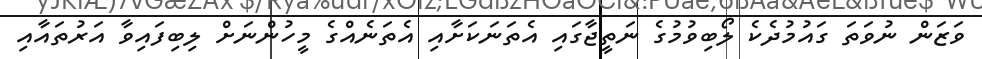
ވަޒަން ނުވަތަ ގައުމުދެކެ ލޯބިވުމުގެ ނަތީޖާގައި އެތަނަކަށާއި އެތަނެއްގެ މީހުންނަށް ލިބިފައިވާ އަރުތައާއި